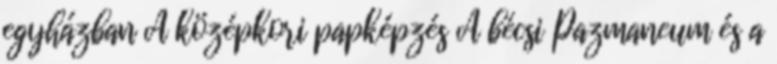
egyházban A középkori papképzés A bécsi Pazmaneum és a